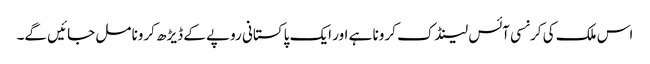
اس ملک کی کرنسی آئس لینڈک کرونا ہے اور ایک پاکستانی روپے کے ڈیڑھ کرونا مل جائیں گے۔